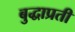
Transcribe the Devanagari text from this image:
बुद्धाप्रती